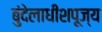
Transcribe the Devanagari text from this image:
बुंदेलाधीशपूज्य